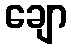
ချော